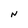
Character: N